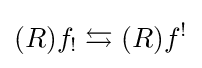
(R)f_{!}\leftrightarrows (R)f^{!}